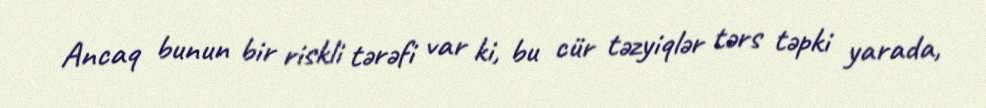
Ancaq bunun bir riskli tərəfi var ki, bu cür təzyiqlər tərs təpki yarada,